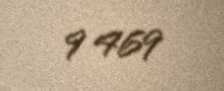
9 469